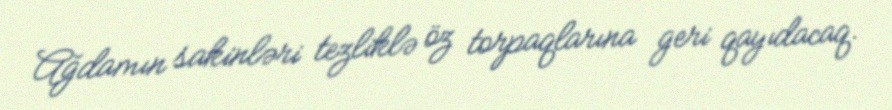
Ağdamın sakinləri tezliklə öz torpaqlarına geri qayıdacaq.